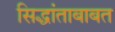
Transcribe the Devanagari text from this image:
सिद्धांताबाबत